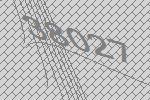
38027